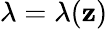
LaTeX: \lambda=\lambda(\mathbf{z})